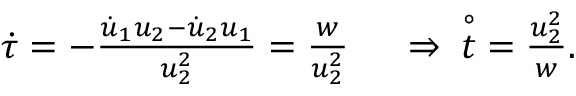
\begin{array} { r l } { \dot { \tau } = - \frac { \dot { u } _ { 1 } u _ { 2 } - \dot { u } _ { 2 } u _ { 1 } } { u _ { 2 } ^ { 2 } } = \frac { w } { u _ { 2 } ^ { 2 } } \; } & { { } \Rightarrow \; \; \stackrel { \circ } { t } \; = \frac { u _ { 2 } ^ { 2 } } { w } . } \end{array}